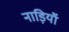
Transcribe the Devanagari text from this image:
नाड़ियॉं